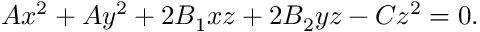
A x ^ { 2 } + A y ^ { 2 } + 2 B _ { 1 } x z + 2 B _ { 2 } y z - C z ^ { 2 } = 0 .